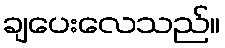
ချပေးလေသည်။